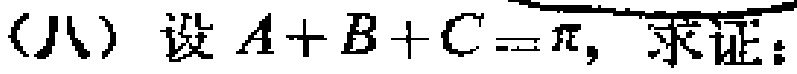
(八) 设 \(A + B + C=\pi\)，求证：